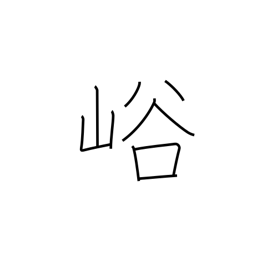
Meaning: ravine